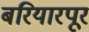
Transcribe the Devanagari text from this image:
बरियारपूर